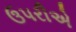
ઉપરીએ